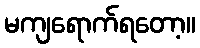
မကျရောက်ရတော့။